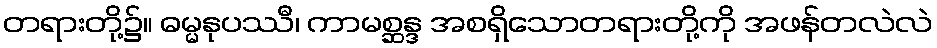
တရားတို့၌။ ဓမ္မနုပဿီ၊ ကာမစ္ဆန္ဒ အစရှိသောတရားတို့ကို အဖန်တလဲလဲ